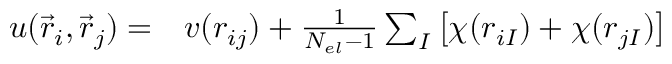
\begin{array} { r l } { u ( \vec { r } _ { i } , \vec { r } _ { j } ) = } & { { } v ( r _ { i j } ) + \frac { 1 } { N _ { e l } - 1 } \sum _ { I } \big [ \chi ( r _ { i I } ) + \chi ( r _ { j I } ) \big ] } \end{array}